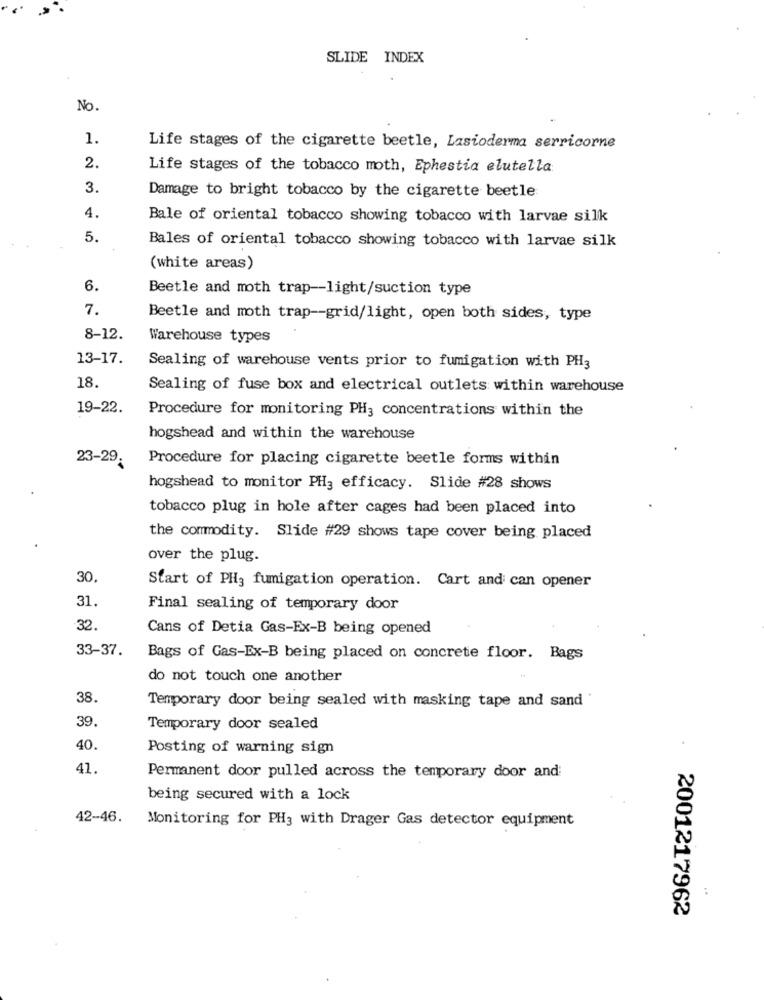
SLIDE INDEX
No.
1.
Life stages of the cigarette beetle, Lasioderma serricorne
2.
Life stages of the tobacco moth, Ephestia elutella
3.
Damage to bright tobacco by the cigarette beetle
4.
Bale of oriental tobacco showing tobacco with larvae silk
5.
Bales of oriental tobacco showing tobacco with larvae silk
(white areas)
6.
Beetle and moth trap -- light/suction type
7.
Beetle and moth trap -- grid/light, open both sides, type
8-12.
Warehouse types
13-17.
Sealing of warehouse vents prior to fumigation with PH3
18.
Sealing of fuse box and electrical outlets within warehouse
19-22.
Procedure for monitoring PH3 concentrations within the
hogshead and within the warehouse
23-29
Procedure for placing cigarette beetle forms within
hogshead to monitor PH3 efficacy. Slide #28 shows
tobacco plug in hole after cages had been placed into
the commodity. Slide #29 shows tape cover being placed
over the plug.
30
Start of PH3 fumigation operation. Cart and can opener
31.
Final sealing of temporary door
32.
Cans of Detia Gas-Ex-B being opened
33-37.
Bags of Gas-Ex-B being placed on concrete floor. Bags
do not touch one another
38
Temporary door being sealed with masking tape and sand
39.
Temporary door sealed
40.
Posting of warning sign
41.
Permanent door pulled across the temporary door and
being secured with a lock
42-46.
Monitoring for PH3 with Drager Gas detector equipment
2001217962